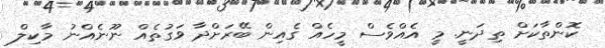
ކޮންތާކަށް ތިދަނީ. މީ އެއްވެސް މީހެއް ގެއިން ބޭރަށްދާ ވަގުތެއް ނޫނެއްނު މާކިލް